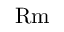
\ensuremath \mathrm { { R m } }